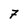
Character: 7